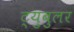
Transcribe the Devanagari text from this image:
ट्युबुलर